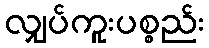
လျှပ်ကူးပစ္စည်း